Document type: Grant
Year: 1232
Scribe: Berenguer de Clos
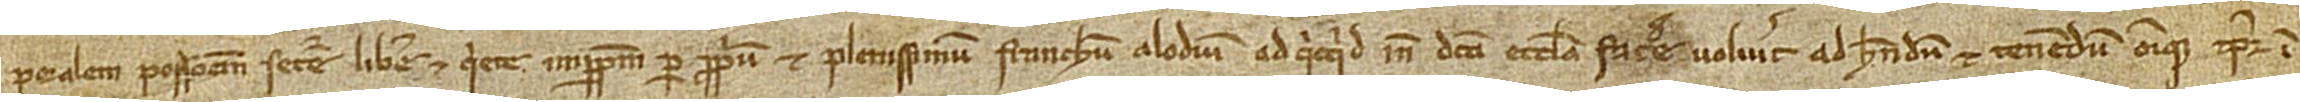
poralem possessionem secure, libere et quiete imperpetuum per proprium et plenissimum franchum alodium ad quicquid in dicta ecclesia facere voluerit, ad habendum et tenendum omnique tempore in